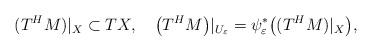
LaTeX: \begin{align*}\begin{aligned}(T^{H}M)|_{X}\subset TX,\quad\big(T^{H}M\big)|_{U_{\varepsilon}}=\psi_{\varepsilon}^{*}\big((T^{H}M)|_{X}\big),\end{aligned}\end{align*}